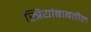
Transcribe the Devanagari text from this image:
स्त्रियांबाबतील